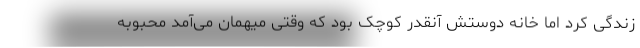
زندگی کرد اما خانه دوستش آنقدر کوچک بود که وقتی میهمان می‌آمد محبوبه